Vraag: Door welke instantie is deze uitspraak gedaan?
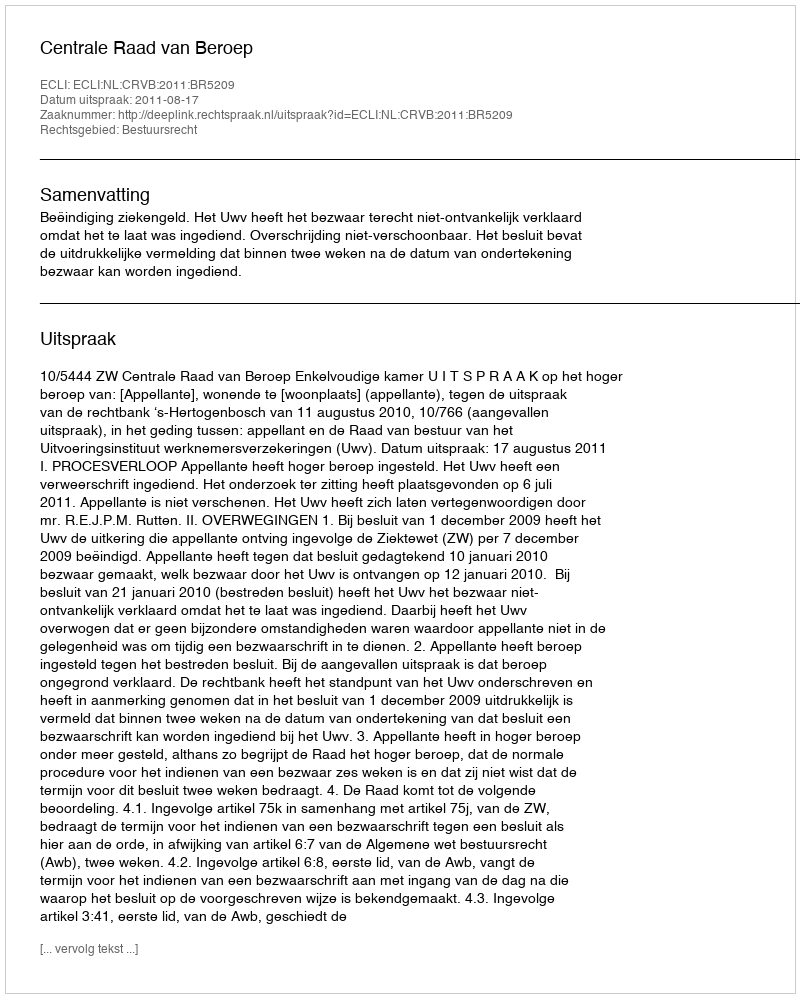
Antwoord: Centrale Raad van Beroep